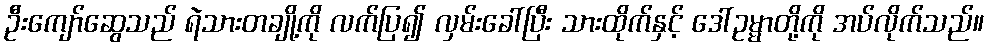
ဦးကျော်ဆွေသည် ရဲသားတချို့ကို လက်ပြ၍ လှမ်းခေါ်ပြီး သားထိုက်နှင့် ဒေါ်ဥမ္မာတို့ကို အပ်လိုက်သည်။